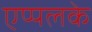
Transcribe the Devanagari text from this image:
एप्पलके